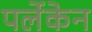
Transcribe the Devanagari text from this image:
पर्लेकेन